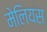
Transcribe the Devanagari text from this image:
मेलियस